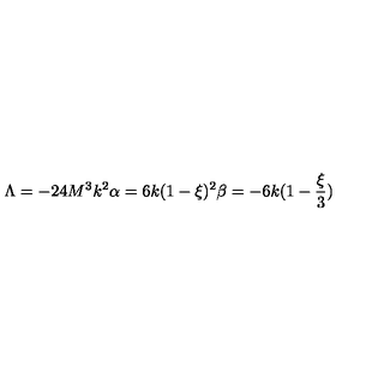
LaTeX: \Lambda = - 2 4 M ^ { 3 } k ^ { 2 } \alpha = 6 k ( 1 - \xi ) ^ { 2 } \beta = - 6 k ( 1 - \frac { \xi } { 3 } )